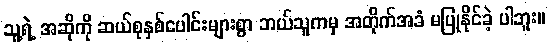
သူ့ရဲ့ အဆိုကို ဆယ်စုနှစ်ပေါင်းများစွာ ဘယ်သူကမှ အတိုက်အခံ မပြုနိုင်ခဲ့ ပါဘူး။